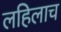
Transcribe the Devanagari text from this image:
लहिलाच